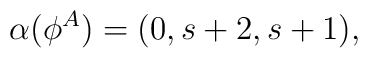
\alpha(\phi^A) = ( 0, s + 2, s + 1 ),